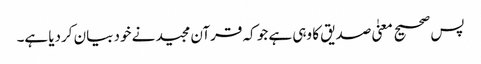
پس صحیح معنیٰ صدیق کا وہی ہے جو کہ قرآن مجید نے خود بیان کردیا ہے۔